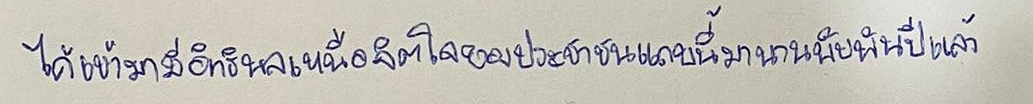
ได้เข้ามามีอิทธิพลเหนือจิตใจของประชาชนแถบนี้มานานนับพันปีแล้ว